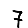
Digit: 7